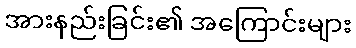
အားနည်းခြင်း၏ အကြောင်းများ